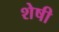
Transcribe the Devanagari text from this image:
शेषी